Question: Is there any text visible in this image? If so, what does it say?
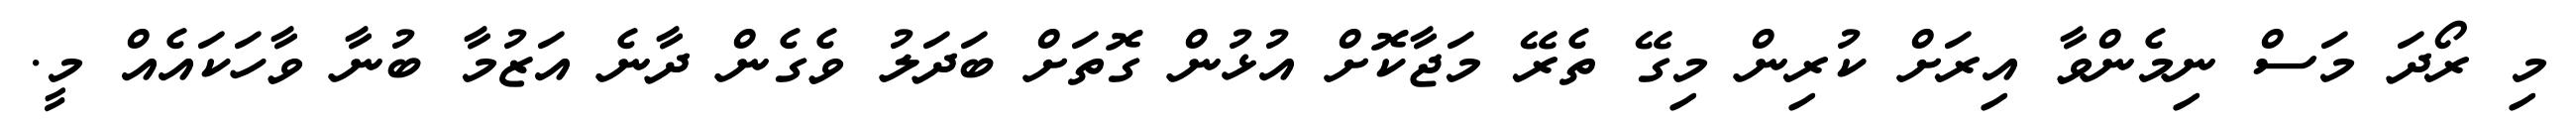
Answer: މި ރޯދަ މަސް ނިމެންވާ އިރަށް ކުރިން މިގޭ ތެރޭ މަޖާކޮށް އުޅުން ގޮތަށް ބަދަލު ވެގެން ދާނެ އަޒުމާ ބުނާ ވާހަކައެއް މީ.